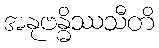
အနုဗန္ဓိဿသီတိ